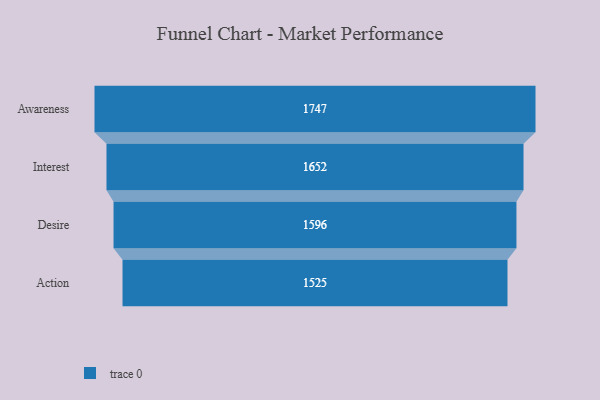
{"axis": {"x": "Stage", "y": "Value"}, "legend": [""], "data": [{"x": "Awareness", "y": 1747.0, "type": ""}, {"x": "Interest", "y": 1652.0, "type": ""}, {"x": "Desire", "y": 1596.0, "type": ""}, {"x": "Action", "y": 1525.0, "type": ""}]}